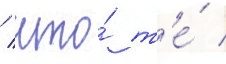
/ что́ т'е́ /